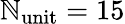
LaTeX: \mathbb{N}_{\mathrm{{unit}}}=15